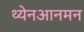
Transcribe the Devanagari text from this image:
थ्येनआनमन